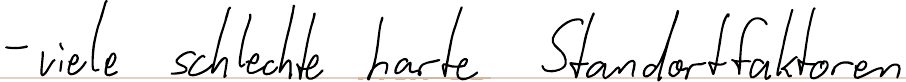
- viele schlechte harte Standortfaktoren